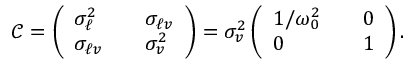
\mathcal { C } = \left( \begin{array} { l l l } { \sigma _ { \ell } ^ { 2 } } & { } & { \sigma _ { \ell v } } \\ { \sigma _ { \ell v } } & { } & { \sigma _ { v } ^ { 2 } } \end{array} \right) = \sigma _ { v } ^ { 2 } \left( \begin{array} { l l l } { 1 / \omega _ { 0 } ^ { 2 } } & { } & { 0 } \\ { 0 } & { } & { 1 } \end{array} \right) .